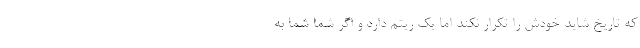
که تاریخ شاید خودش را تکرار نکند اما یک ریتم دارد و اگر شما شما به